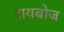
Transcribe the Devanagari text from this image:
रायबोज